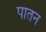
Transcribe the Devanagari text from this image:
पातन